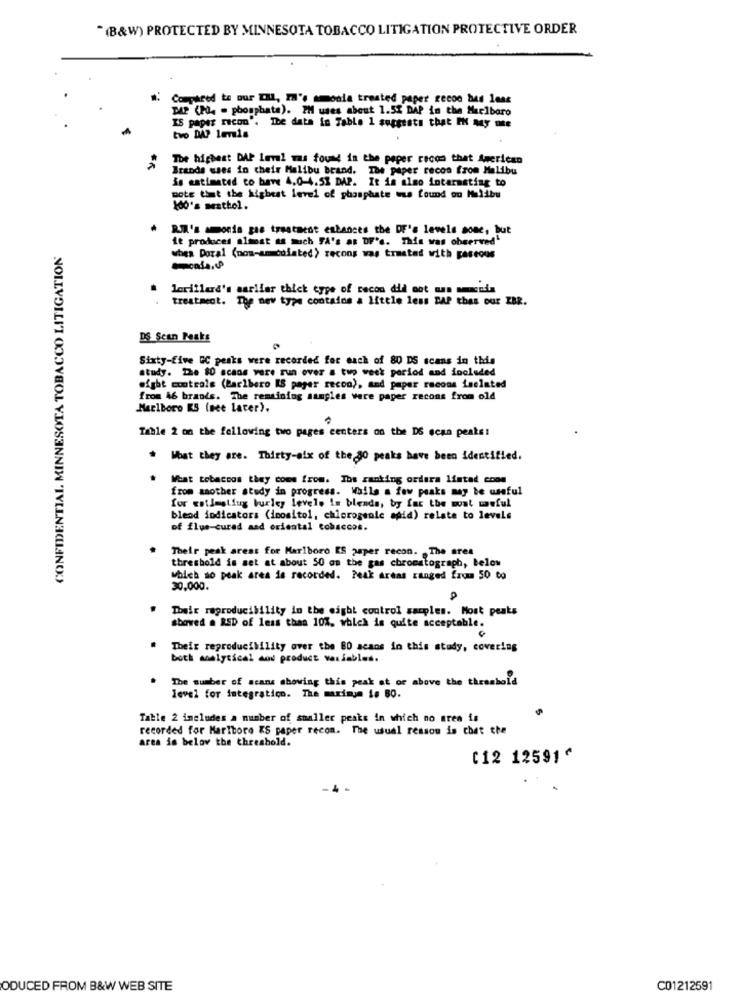
"(B&W) PROTECTED BY MINNESOTA TOBACCO LITIGATION PROTECTIVE ORDER
W. Compared to our IH, IH's amonia treated paper recoo bad less
MAP (PO - phosphate). I'M uses about 1.5% MAP in the Marlboro
IS paper recon'. The data in Table 1 suggests that IN My nte
tvo DAP levis
The highest DAP laval was found in the peper recon that American
Brands wses in their Malibu brand. The paper recon from Malibu
is estimated to have 4.0-4.5% DAP. It is also interesting to
note that the highest level of phosphate was found ou Malibu
100's mesthol.
R.W.'s amonia gas treatment enbances the DF's levels some, but
it produces almost as much FA's as DF's. This was observed"
CONFIDENTIAL. MINNESOTA TOBACCO LITIGATION
when Dozal (now-am culated) recons was trusted with gaseous
lorillard's earlier thick type of cecon did not man mmendin
treatment. The new type contains a little less BAP thas our ZBR.
DS Scan Peaks
Sixty-Five GC peaks were recorded for each of 80 DS scans in this
study. The 80 scans vere run over a two week period and included
might controls (Marlboro [S pager recon), and paper racons isolated
from 46 brands. The remaining samples were paper recons from old
Marlboro KS (see later).
Table 2 on the following two pages centers on the DS sena peaks!
* What they are. Thirty-aix of the 30 peaks have been identified.
* Moat tobaccos they come from. The ranking ordera listad come
from another study in progress. While a few peaks may be useful
for estimaliug burley levels in blends, by far the woat wweful
blend indicators (inositol, chlorogenic apid) relate to levels
of flue-cured and oriental tobaccos.
Their peak arest for Marlboro ES paper recon. The ares
threshold is set at about 50 on the gas chromatograph, below
which so peak area is recorded. Peak areas ranged from 50 to
30,000.
Their reproducibility in the eight control sacples. Most peaks
showed . RED of less than 10%, which is quite acceptable.
Their reproducibility over the 80 scans in this study, covering
both analytical and product variables.
.
The number of scans showing this peak at or above the threshold
level for integratico. The maximum is BO.
Table 2 includes a number of sualler peaks in which no area is
recorded for Marlboro KS paper recom. The usual ressou is chet the
area is belov the threshold.
C12 12591 ^
ODUCED FROM B&W WEB SITE
C01212591